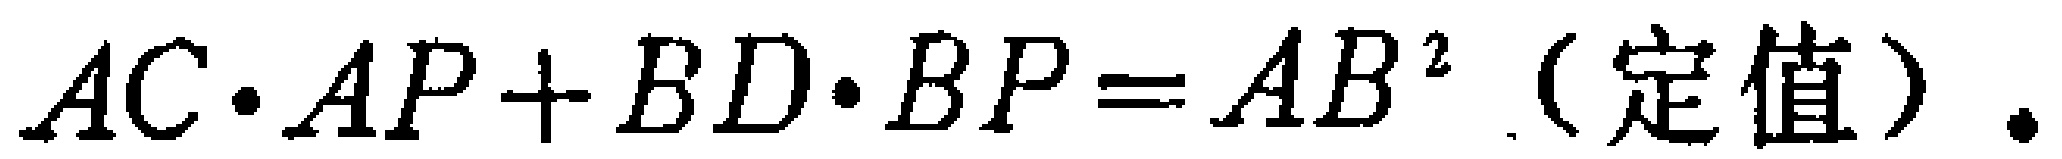
\(AC\cdot AP + BD\cdot BP = AB^{2}（定值）.\)